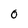
Character: o